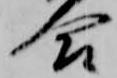
合